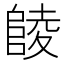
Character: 𱀘